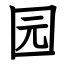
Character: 园